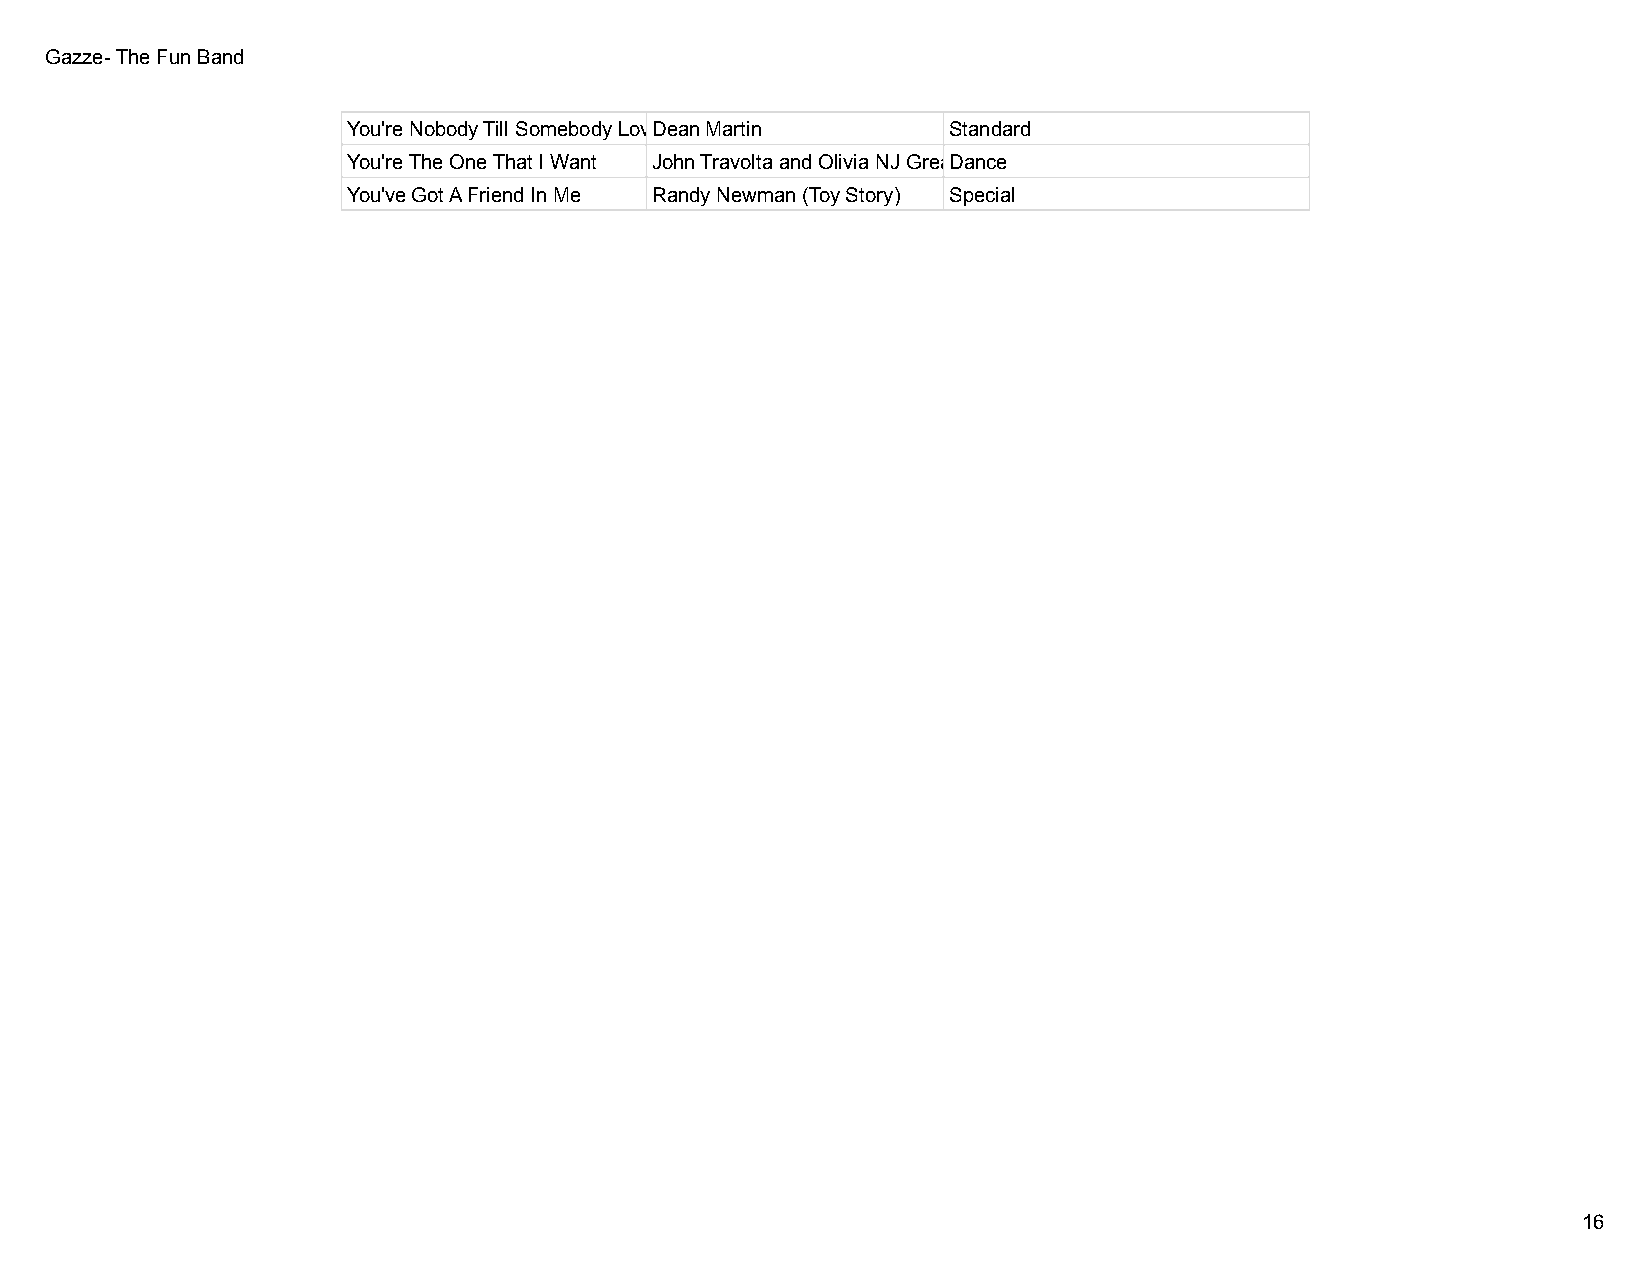
Gazze- The Fun Band
 You're Nobody Till Somebody LoveDse Yaonu Martin Standard
 You're The One That I Want John Travolta and Olivia NJ GreaDseance
 You've Got A Friend In Me Randy Newman (Toy Story) Special
 16